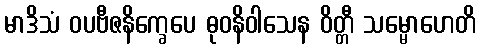
မာဒိသံ ဝပဗီဇနိက္ခေပေ ဓုဝနိဝါသေန ဝိတ္တီ သမ္မောဟေတိ